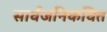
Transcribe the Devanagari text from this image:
सार्वजनिकवित्त